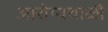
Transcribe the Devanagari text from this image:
आरोग्यथाळी